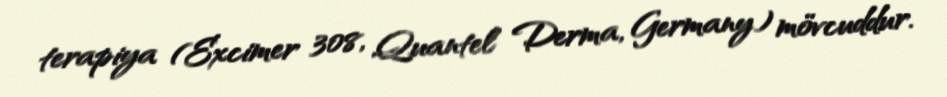
terapiya (Excimer 308, Quantel Derma, Germany) mövcuddur.